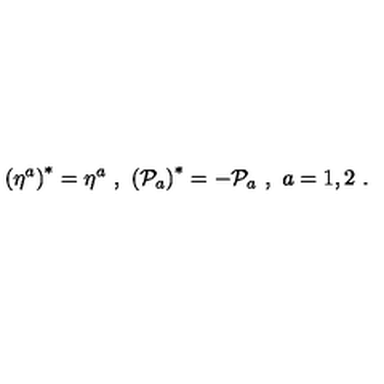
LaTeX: \left( \eta ^ { a } \right) ^ { * } = \eta ^ { a } \ , \ \left( { \cal P } _ { a } \right) ^ { * } = - { \cal P } _ { a } \ , \ a = 1 , 2 \ .